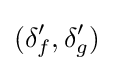
(\delta '_{f},\delta '_{g})